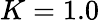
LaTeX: K=1.0